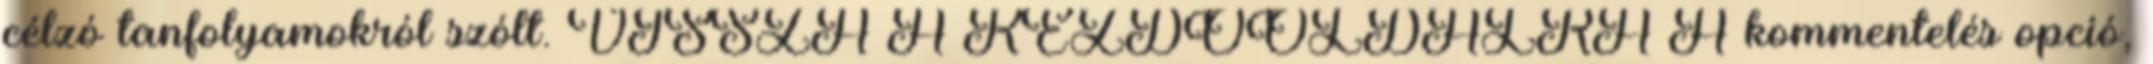
célzó tanfolyamokról szólt. VISSZA A KEZDŐOLDALRA A kommentelés opció,